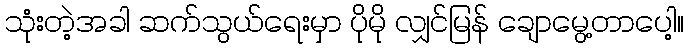
သုံးတဲ့အခါ ဆက်သွယ်ရေးမှာ ပိုမို လျှင်မြန် ချောမွေ့တာပေါ့။